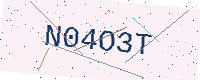
Text: N04O3T